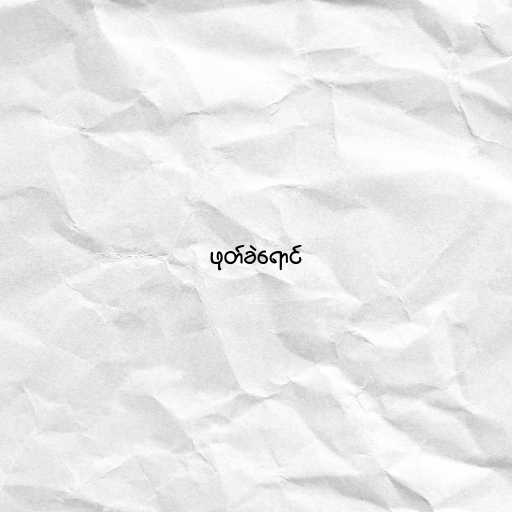
ဖုတ်ခဲရောင်